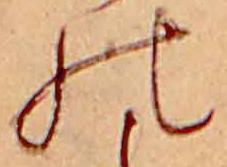
の